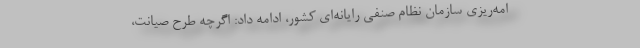
امه‌ریزی سازمان نظام صنفی رایانه‌ای کشور، ادامه داد: اگرچه طرح صیانت،